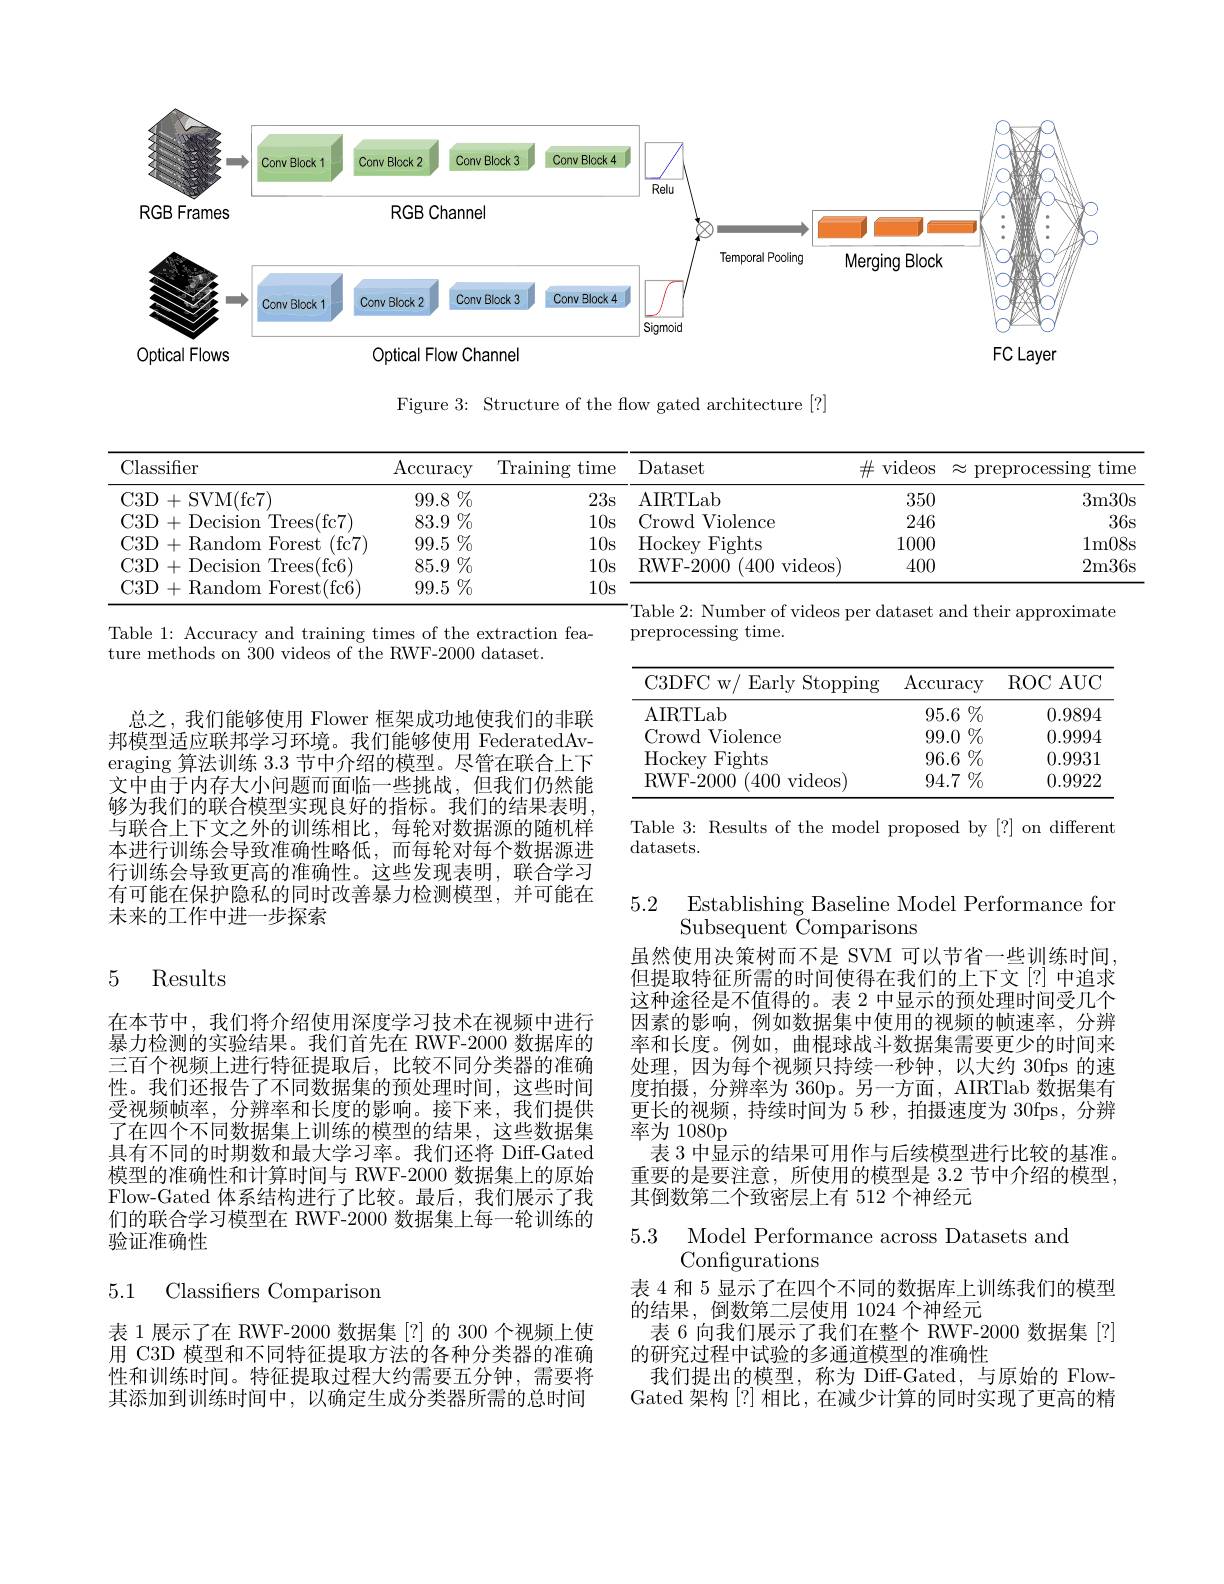
<FigureHere>

Figure 3: Structure of the flow gated architecture [?]

<table>
	<tbody>
		<tr>
			<th>Classifier</th>
			<th>$\operatorname{Accuracy}$</th>
			<th>Training time</th>
			<th>Dataset</th>
			<th>$\operatorname{videos}$ $\#$</th>
			<th>preprocessing tim 、</th>
		</tr>
		<tr>
			<td>C3D+SVM(fc7)</td>
			<td>$99.8\%$</td>
			<td>23s</td>
			<td>AIRTLab</td>
			<td>350</td>
			<td>3m30</td>
		</tr>
		<tr>
			<td>$C3D$ - Decision Trees( fc7) 1+</td>
			<td>$83.9\%$</td>
			<td>10s</td>
			<td>Crowd Violence</td>
			<td>246</td>
			<td>36</td>
		</tr>
		<tr>
			<td>(fc7) $C3D$ )+Random Forest</td>
			<td>$99.5\%$</td>
			<td>10s</td>
			<td>Hockev Fights</td>
			<td>1000</td>
			<td>1m08</td>
		</tr>
		<tr>
			<td>$C3D$ {}+Decision Trees(fc6)</td>
			<td>$85.9\%$</td>
			<td>10s</td>
			<td>RWF- 2000 (400 videos)</td>
			<td>400</td>
			<td>2m36</td>
		</tr>
		<tr>
			<td>$C3D$ ) +Random Forest(fc6)</td>
			<td>$99.5\%$</td>
			<td>10s</td>
			<td> </td>
			<td> </td>
			<td> </td>
		</tr>
	</tbody>
</table>

preprocessing time.

Table 1: Accuracy and training times of the extraction fea-
ture methods on 300 videos of the RWF-2000 dataset.

<table>
	<tbody>
		<tr>
			<th>C3DFC $W/$ $\operatorname{Early}$ $\operatorname{Stopping}$</th>
			<th>$\operatorname{Accuracy}$</th>
			<th>$\operatorname{ROC}$AUC</th>
		</tr>
		<tr>
			<td>AIRTLab</td>
			<td>$95.6\%$</td>
			<td>0.9894</td>
		</tr>
		<tr>
			<td>$\textbf{l Violence}$ Crowd</td>
			<td>$99.0\%$</td>
			<td>0.9994</td>
		</tr>
		<tr>
			<td>Hockev = Fights</td>
			<td>96.6 $\%$</td>
			<td>0.9931</td>
		</tr>
		<tr>
			<td>RWF- 2000 (400 ${\mathrm{~videos}}$</td>
			<td>94.7 $\%$</td>
			<td>0.9922</td>
		</tr>
	</tbody>
</table>

总之，我们能够使用 Flower 框架成功地使我们的非联邦模型适应联邦学习环境。我们能够使用 FederatedAveraging 算法训练3.3节中介绍的模型。尽管在联合上下文中由于内存大小问题而面临一些挑战，但我们仍然能够为我们的联合模型实现良好的指标。我们的结果表明， 与联合上下文之外的训练相比，每轮对数据源的随机样本进行训练会导致准确性略低，而每轮对每个数据源进行训练会导致更高的准确性。这些发现表明，联合学习有可能在保护隐私的同时改善暴力检测模型，并可能在未来的工作中进一步探索

Table 3: Results of the model proposed by [?] on different
datasets.

5.2 Establishing Baseline Model Performance for
Subsequent Čomparisons

# 5 Results

虽然使用决策树而不是 SVM 可以节省一些训练时间但提取特征所需的时间使得在我们的上下文[?] 中追求这种途径是不值得的。表 2 中显示的预处理时间受几个因素的影响，例如数据集中使用的视频的帧速率，分辨率和长度。例如，曲棍球战斗数据集需要更少的时间来处理，因为每个视频只持续一秒钟，以大约 30fps 的速度拍摄，分辨率为 360p。另一方面，AIRTlab 数据集有更长的视频，持续时间为 5 秒，拍摄速度为 30fps, 分辨率为 1080p
表 3 中显示的结果可用作与后续模型进行比较的基准。重要的是要注意，所使用的模型是 3.2 节中介绍的模型， 其倒数第二个致密层上有 512 个神经元

在本节中，我们将介绍使用深度学习技术在视频中进行暴力检测的实验结果。我们首先在 RWF-2000 数据库的三百个视频上进行特征提取后，比较不同分类器的准确性。我们还报告了不同数据集的预处理时间，这些时间受视频帧率，分辨率和长度的影响。接下来，我们提供了在四个不同数据集上训练的模型的结果，这些数据集具有不同的时期数和最大学习率。我们还将 Diff-Gated 模型的准确性和计算时间与 RWF-2000 数据集上的原始Flow-Gated 体系结构进行了比较。最后，我们展示了我们的联合学习模型在 RWF-2000 数据集上每一轮训练的验证准确性

5.1 Classifiers Comparison

5.3 Model Performance across Datasets and
Configurations
表 4 和 5 显示了在四个不同的数据库上训练我们的模型
的结果，倒数第二层使用 1024 个神经元
表 6 向我们展示了我们在整个 RWF-2000 数据集[?]
的研究过程中试验的多通道模型的准确性
我们提出的模型，称为 Diff-Gated,与原始的 FlowGated 架构[?]相比，在减少计算的同时实现了更高的精

表 1 展示了在 RWF-2000 数据集[?]的 300 个视频上使用 C3D 模型和不同特征提取方法的各种分类器的准确性和训练时间。特征提取过程大约需要五分钟，需要将其添加到训练时间中，以确定生成分类器所需的总时间